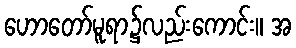
ဟောတော်မူရာ၌လည်းကောင်း။ အ